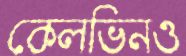
কেলভিনও